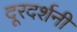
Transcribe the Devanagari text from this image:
दूरदर्शनी